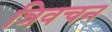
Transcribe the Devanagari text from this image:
त्रिवचन